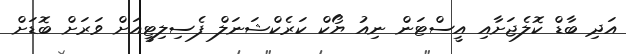
އަދި ބާޑް ކޮލެޖަށާއި އީސްޓަން ނިއު ޔޯކް ކަރެކްޝަނަލް ފެސިލިޓީއަށް ވަރަށް ބޮޑަށް